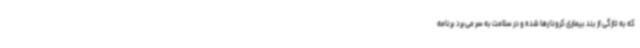
که به تازگی از بند بیماری کرونا رها شده و در سلامت به سر می‌برد برنامه